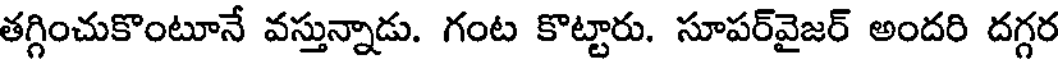
తగ్గించుకొంటూనే వస్తున్నాడు. గంట కొట్టారు. సూపర్వైజర్ అందరి దగ్గర